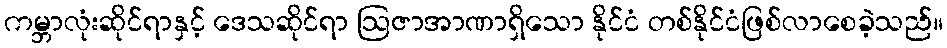
ကမ္ဘာလုံးဆိုင်ရာနှင့် ဒေသဆိုင်ရာ ဩဇာအာဏာရှိသော နိုင်ငံ တစ်နိုင်ငံဖြစ်လာစေခဲ့သည်။